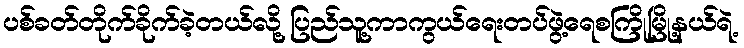
ပစ်ခတ်တိုက်ခိုက်ခဲ့တယ်လို့ ပြည်သူ့ကာကွယ်ရေးတပ်ဖွဲ့ရေစကြိုမြို့နယ်ရဲ့